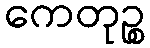
ကေတုဉ္စ